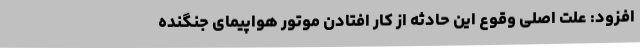
افزود: علت اصلی وقوع این حادثه از کار افتادن موتور هواپیمای جنگنده